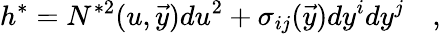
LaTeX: h^{\ast}=N^{\ast 2}(u,{\vec{y}})du^{2}+\sigma_{ij}(\vec{y})dy^{i}dy^{j}\quad,